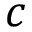
c